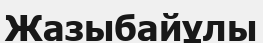
Жазыбайұлы